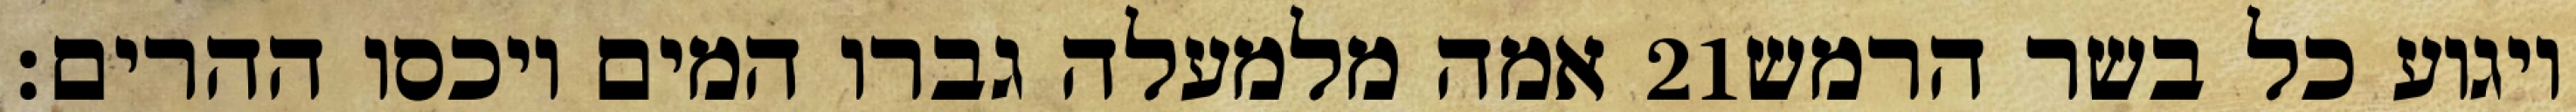
אמה מלמעלה גברו המים ויכסו ההרים׃ ‎21‏ ויגוע כל בשר הרמש